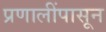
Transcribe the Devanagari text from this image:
प्रणालींपासून